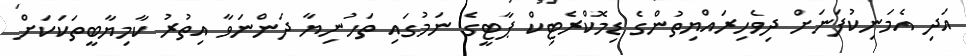
އަދި އެމަނިކުފަނަށް ދިވެހިރައްޔިތުންގެ ޑިމޮކްރެޓިކް ޕާޓީގެ ނަމުގައި ތަހުނިޔާ ދަންނަވާ އިތުރު ކާމިޔާބީތަކަކަށް